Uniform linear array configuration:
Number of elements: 16
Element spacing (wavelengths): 0.75
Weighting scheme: kaiser
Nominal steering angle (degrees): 0
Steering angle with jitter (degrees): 1.337
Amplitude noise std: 0.05
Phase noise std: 0.05

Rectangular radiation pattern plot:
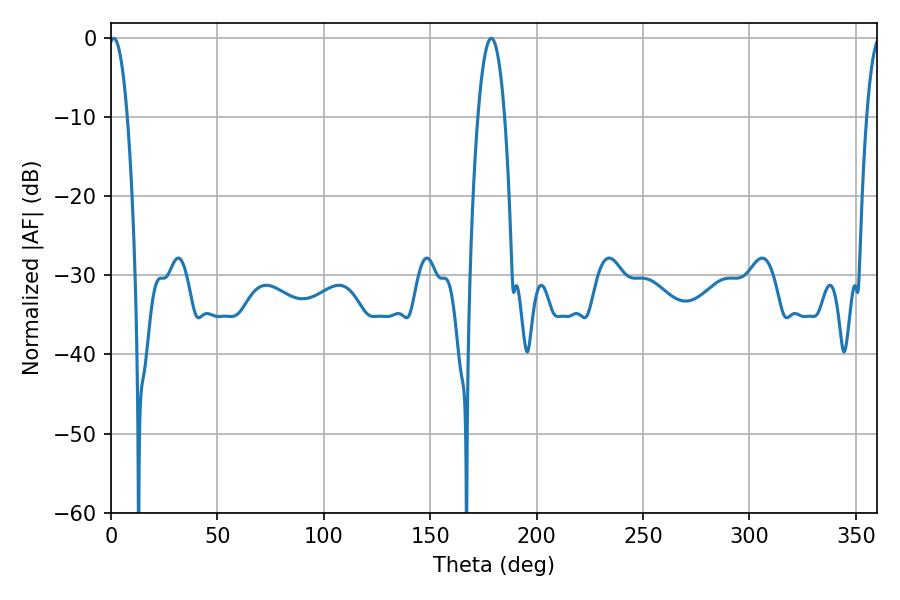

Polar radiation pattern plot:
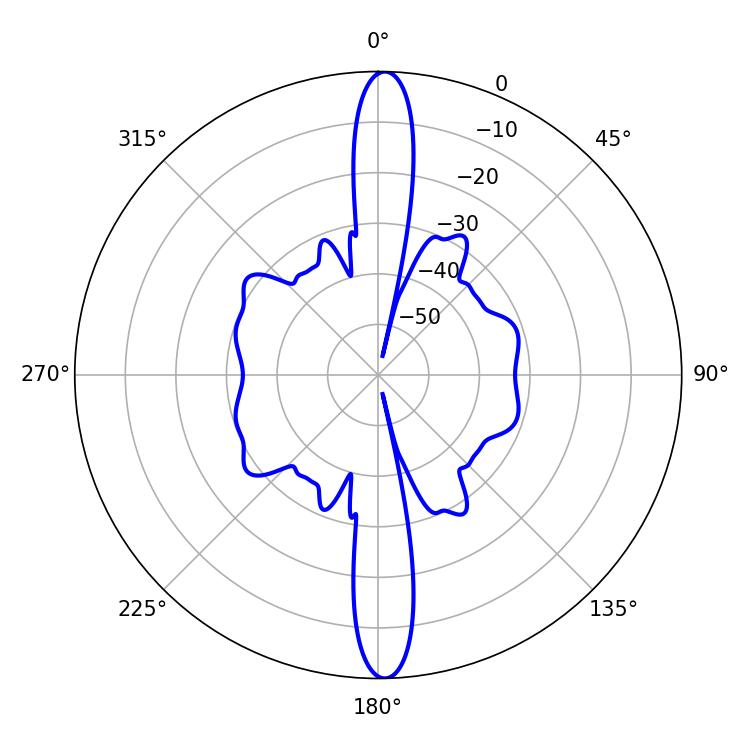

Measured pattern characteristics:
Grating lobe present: TRUE
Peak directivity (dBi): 25.466
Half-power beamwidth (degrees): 4.86
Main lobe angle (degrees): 1.26